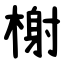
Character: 榭